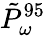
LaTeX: \tilde{P}_{\omega}^{95}